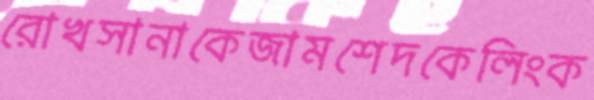
রোখসানাকেজামশেদকেলিংক